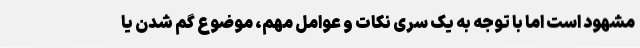
مشهود است اما با توجه به یک سری نکات و عوامل مهم، موضوع گم شدن یا